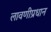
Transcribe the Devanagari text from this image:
लावणीप्रधान